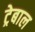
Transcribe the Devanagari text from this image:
ट्रेबाल